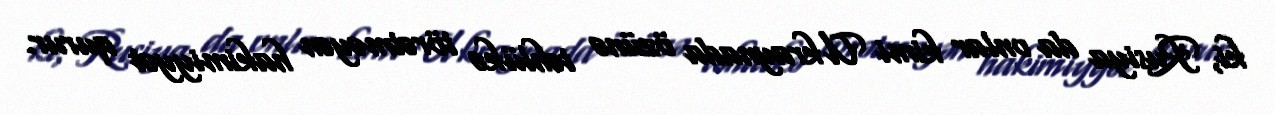
ki, Rusiya da onlar kimi Ukraynada özünə təhlükə törətməyən hakimiyyət qurur.